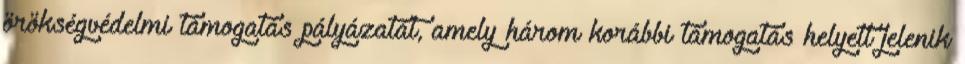
örökségvédelmi támogatás pályázatát, amely három korábbi támogatás helyett jelenik